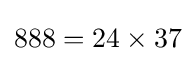
888=24\times 37